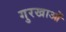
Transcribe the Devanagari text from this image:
गुरखाओं